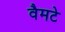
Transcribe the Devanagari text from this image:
वैमटे